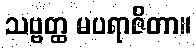
သဗ္ဗတ္ထ မပရာဇိတာ။